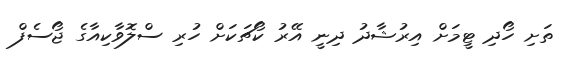
ތަށި ހޯދި ޓީމަށް އިރުޝާދު ދިނީ އޭރު ކޯޗަކަށް ހުރި ސްލޮވާކިއާގެ ޖޯސެފް